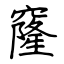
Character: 窿